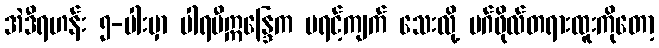
အဲဒီရဟန်း ၅-ပါးမှာ ပါရမီဣန္ဒြေက မရင့်ကျက် သေးလို့ မဂ်ဖိုလ်တရားထူးကိုတော့